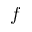
f